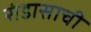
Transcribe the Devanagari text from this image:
संडासाची